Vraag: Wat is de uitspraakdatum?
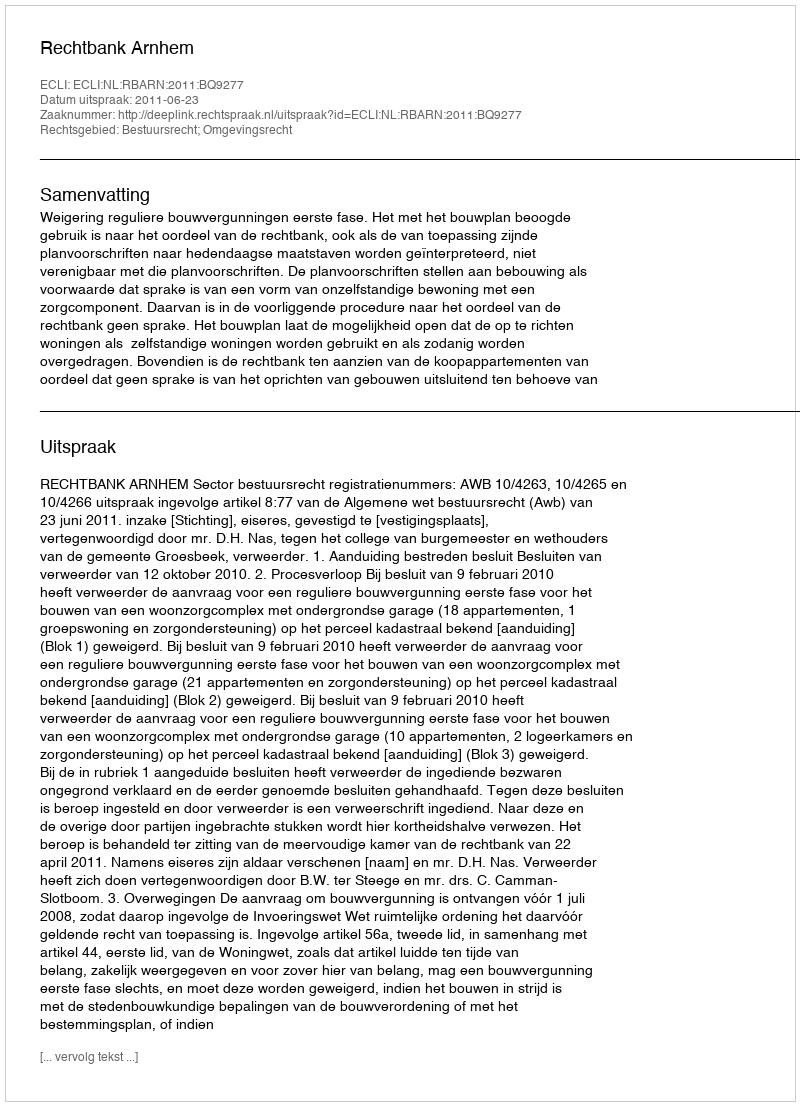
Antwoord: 2011-06-23